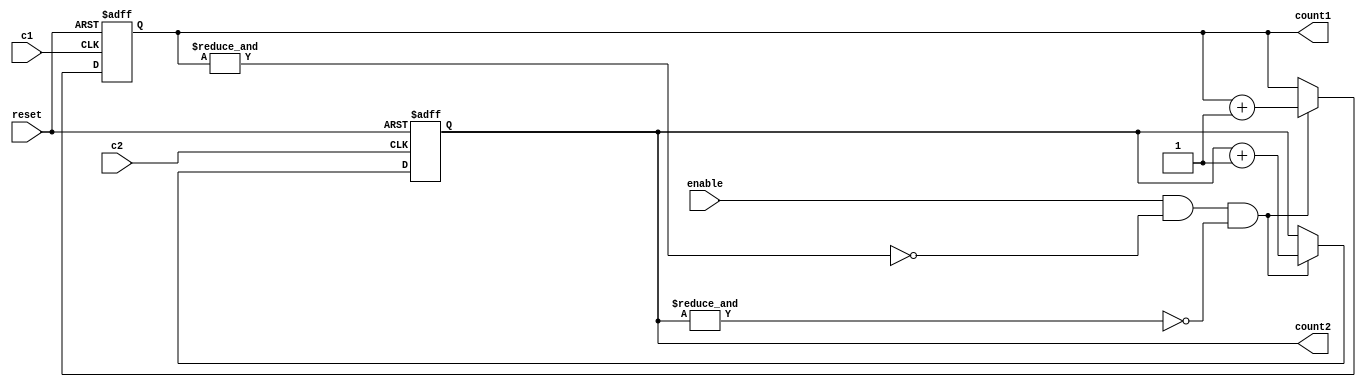
`timescale 1ns / 1ps
//////////////////////////////////////////////////////////////////////////////////
// Company: 
// Engineer: 
// 
// Design Name: 
// Module Name:    cac2 
// Project Name: 
// Target Devices: 
// Tool versions: 
// Description: 
//
// Dependencies: 
//
// Revision: 
// Revision 0.01 - File Created
// Additional Comments: 
//
//////////////////////////////////////////////////////////////////////////////////
module cac2(
    input c2, c1,
    input enable , reset,
  output reg [7:0]count2 ,
  output reg [7:0]count1)  ;
    // initial begin count1=0;count2=0;end
	  
always@(posedge c2 or posedge reset)
begin
		if(reset)
		begin
			count2 <= 0;
		end	
					 
		else if(enable & !(&count1) & !(&count2))
		begin
			count2 <= count2 + 1;
		end	

end				

always@(posedge c1 or posedge reset)
begin
		if(reset)
		begin
			count1 <= 0;
		end	
					 
		else if(enable & !(&count1) & !(&count2))
		begin
			count1 <= count1 + 1;
		end	

end				

endmodule